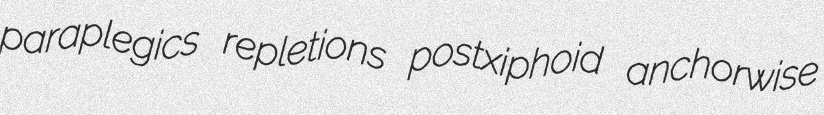
paraplegics repletions postxiphoid anchorwise